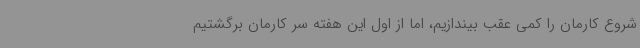
شروع کارمان را کمی عقب بیندازیم، اما از اول این هفته سر کارمان برگشتیم